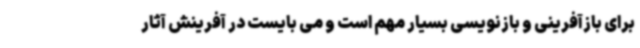
برای بازآفرینی و بازنویسی بسیار مهم است و می بایست در آفرینش آثار